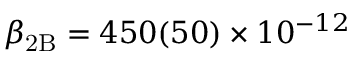
\beta _ { \mathrm { 2 B } } = 4 5 0 ( 5 0 ) \times 1 0 ^ { - 1 2 }